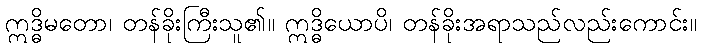
ဣဒ္ဓိမတော၊ တန်ခိုးကြီးသူ၏။ ဣဒ္ဓိယောပိ၊ တန်ခိုးအရာသည်လည်းကောင်း။